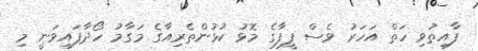
ފާއިތުވި ހަތް އަަހަރު ވެސް ފީފާގެ މޮޅު ކުޅުންތެރިއާގެ މަގާމު ހޯދާފައިވަނީ މި